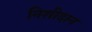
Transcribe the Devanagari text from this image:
निशीदान